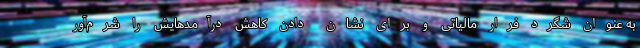
به عنوان شگرد فرار مالیاتی و برای نشان دادن کاهش درآمدهایش را شرم‌آور